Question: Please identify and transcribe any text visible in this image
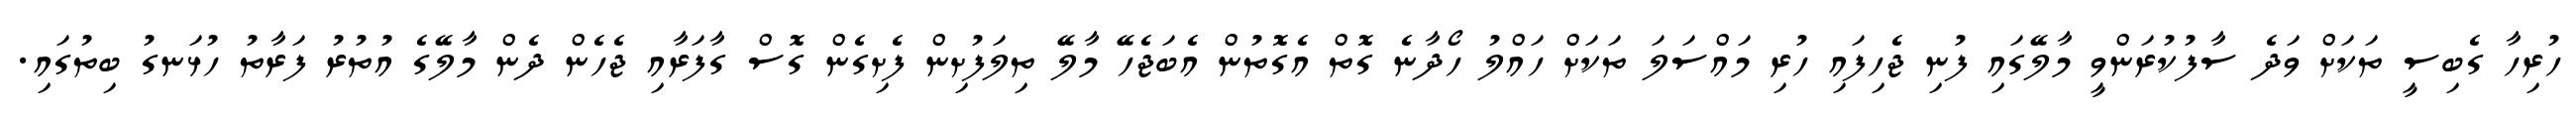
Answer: ހުރިހާ ގެބިސީ ތަކަށް ވަދެ ސާފުކުރަންވީ މާލޭގައި ފުނި ޖެހިފައި ހުރި މައްސަލަ ތަކަށް ހައްލު ހޯދާނެ ގޮތް އެގޮތުން އެބަޖެހޭ މާލޭ ތިލަފުށިން ފެށިގެން ގޮސް ގާފަރާއި ޖެހެން ދެން މާލޭގެ އުތުރު ފަރާތު ހުޅަނގު ބިތުގައި.